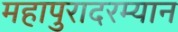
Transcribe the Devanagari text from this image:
महापुरादरम्यान